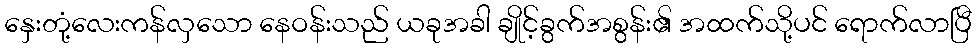
နှေးတုံ့လေးကန်လှသော နေဝန်းသည် ယခုအခါ ချိုင့်ခွက်အစွန်း၏ အထက်သို့ပင် ရောက်လာပြီ